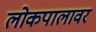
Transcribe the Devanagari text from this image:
लोकपालावर